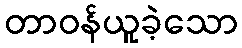
တာဝန်ယူခဲ့သော